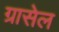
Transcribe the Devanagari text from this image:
ग्रासेल